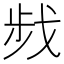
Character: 𢧁